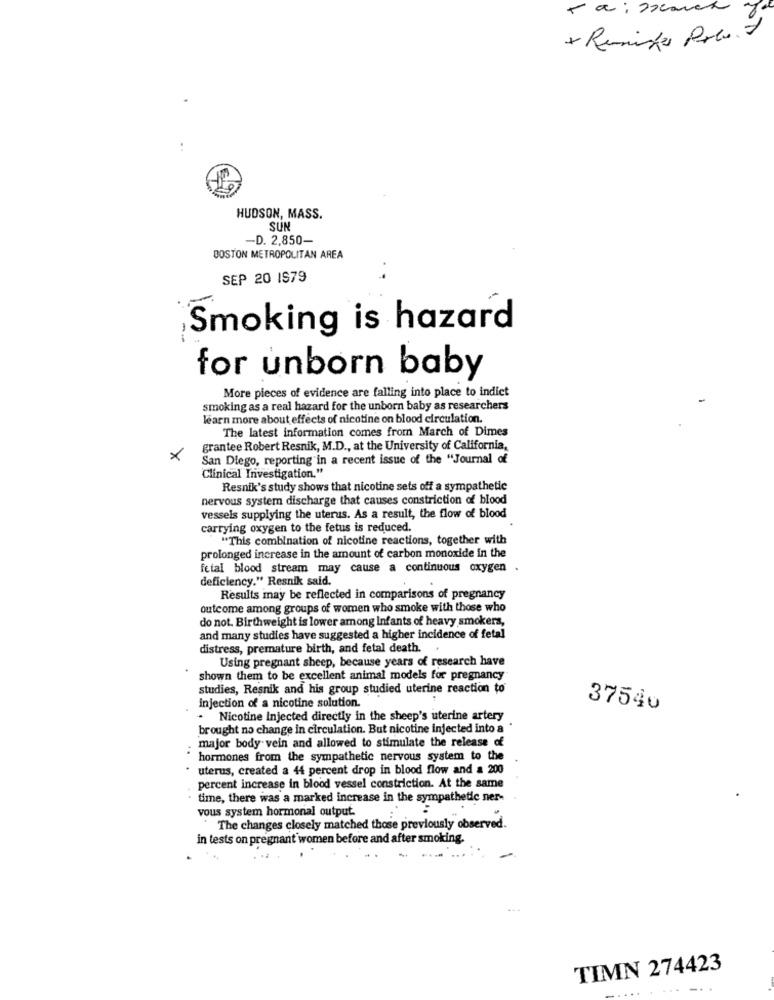
+ Remise Pres. 2
HUDSON, MASS.
SUN
-D. 2.850-
BOSTON METROPOLITAN AREA
SEP 20 IS79
Smoking is hazard
for unborn baby
More pieces of evidence are falling into place to indict
smoking as a real hazard for the unborn baby as researchers
learn more about effects of nicotine on blood circulation.
The latest information comes from March of Dimes
grantee Robert Resnik, M.D ., at the University of California,
×
San Diego, reporting in a recent issue of the "Journal of
Clinical Investigation."
Resnik's study shows that nicotine sets off a sympathetic
nervous system discharge that causes constriction of blood
vessels supplying the uterus. As a result, the flow of blood
carrying oxygen to the fetus is reduced.
"This combination of nicotine reactions, together with
prolonged increase in the amount of carbon monoxide in the
fetal blood stream may cause a continuous oxygen
deficiency." Resnik said.
Results may be reflected in comparisons of pregnancy
outcome among groups of women who smoke with those who
do not. Birthweight is lower among Infants of heavy smokers,
and many studies have suggested a higher incidence of fetal
distress, premature birth, and fetal death ..
Using pregnant sheep, because years of research have
shown them to be excellent animal models for pregnancy
studies, Resnik and his group studied uterine reaction to
injection of a nicotine solution.
37540
. Nicotine Injected directly in the sheep's uterine artery
brought no change in circulation. But nicotine injected into a'
major body vein and allowed to stimulate the release of
hormones from the sympathetic nervous system to the
uterus, created a 44 percent drop in blood flow and a 200
percent increase in blood vessel constriction. At the same
time, there was a marked increase in the sympathetic ner-
vous system hormonal output.
The changes closely matched those previously observed.
in tests on pregnant women before and after smoking.
TIMN 274423